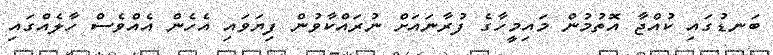
ބަނޑުގައި ކުއްޖާ އޮތުމުން މައިމީހާގެ ފުރާނައަށް ނުރައްކާވުން ފިޔަވައި އެހެން އެއްވެސް ހާލެއްގައި